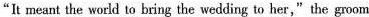
"It meant the world to bring the wedding to her,"the groom